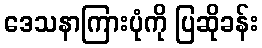
ဒေသနာကြားပုံကို ပြဆိုခန်း